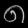
Digit: ၈